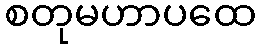
စတုမဟာပထေ